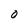
Character: O